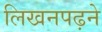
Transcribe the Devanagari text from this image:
लिखनपढ़ने